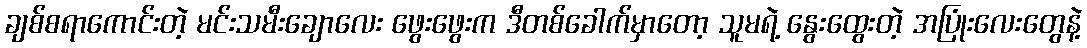
ချစ်စရာကောင်းတဲ့ မင်းသမီးချောလေး ဖွေးဖွေးက ဒီတစ်ခေါက်မှာတော့ သူမရဲ့ နွေးထွေးတဲ့ အပြုံးလေးတွေနဲ့